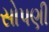
સોપણી